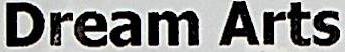
DREAM ARTS